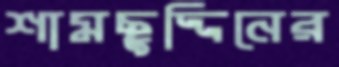
শামছুদ্দিনের